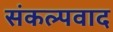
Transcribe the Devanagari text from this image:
संकल्पवाद